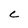
Character: c